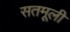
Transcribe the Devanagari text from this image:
सतमूली